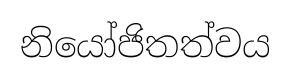
නියෝජිතත්වය